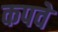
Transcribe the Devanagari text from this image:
कपवे